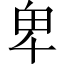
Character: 卑